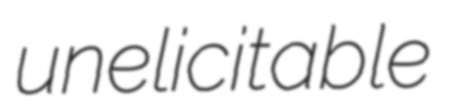
unelicitable